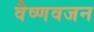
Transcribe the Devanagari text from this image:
वैष्णवजन